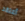
أعتقد